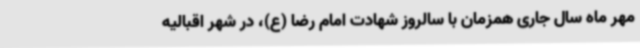
مهر ماه سال جاری همزمان با سالروز شهادت امام رضا (ع)، در شهر اقبالیه